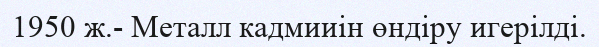
1950 ж.- Металл кадмииін өндіру игерілді.